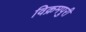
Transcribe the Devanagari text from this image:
विक्रमपुरी